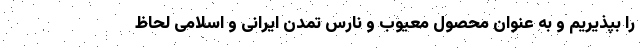
را بپذیریم و به عنوان محصول معیوب و نارس تمدن ایرانی و اسلامی لحاظ